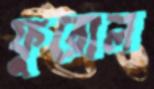
ফুরোল